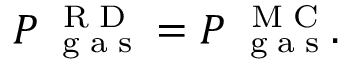
P _ { \mathrm { ~ \tiny ~ g ~ a ~ s ~ } } ^ { \mathrm { ~ \tiny ~ R ~ D ~ } } = P _ { \mathrm { ~ \tiny ~ g ~ a ~ s ~ } } ^ { \mathrm { ~ \tiny ~ M ~ C ~ } } .